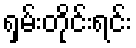
ရှမ်းတိုင်းရင်း